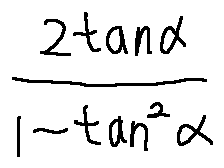
\frac { 2 \tan \alpha } { 1 - \tan ^ { 2 } \alpha }